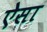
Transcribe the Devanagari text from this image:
ऐेसा